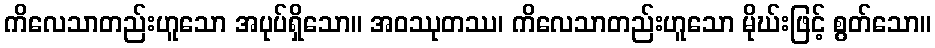
ကိလေသာတည်းဟူသော အပုပ်ရှိသော။ အဝဿုတဿ၊ ကိလေသာတည်းဟူသော မိုဃ်းဖြင့် စွတ်သော။